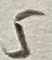
Text: 5